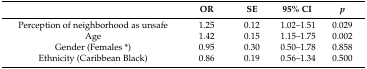
<table><thead><tr><td></td><td><b>OR</b></td><td><b>SE</b></td><td><b>95% CI</b></td><td><b><i>p</i></b></td></tr></thead><tbody><tr><td>Perception of neighborhood as unsafe </td><td>1.25</td><td>0.12</td><td>1.02–1.51</td><td>0.029</td></tr><tr><td>Age</td><td>1.42</td><td>0.15</td><td>1.15–1.75</td><td>0.002</td></tr><tr><td>Gender (Females *)</td><td>0.95</td><td>0.30</td><td>0.50–1.78</td><td>0.858</td></tr><tr><td>Ethnicity (Caribbean Black)</td><td>0.86</td><td>0.19</td><td>0.56–1.34</td><td>0.500</td></tr></tbody></table>